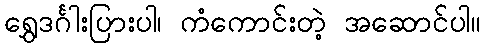
ရွှေဒင်္ဂါးပြားပါ၊ ကံကောင်းတဲ့ အဆောင်ပါ။